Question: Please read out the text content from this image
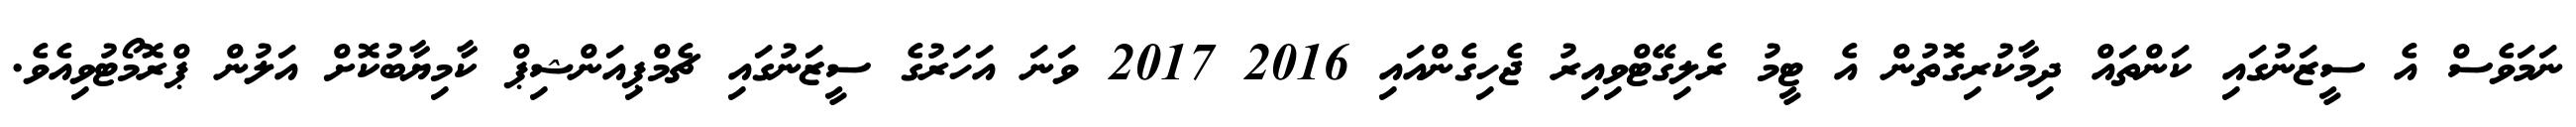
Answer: ނަމަވެސް އެ ސީޒަނުގައި ކަންތައް ދިމާކުރިގޮތުން އެ ޓީމު ރެލިގޭޓްވިއިރު ޖެހިގެންއައި 2016 2017 ވަނަ އަހަރުގެ ސީޒަނުގައި ޗެމްޕިއަންޝިޕް ކާމިޔާބުކޮށް އަލުން ޕްރޮމޯޓުވިއެވެ.